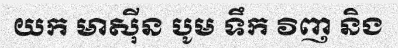
យក មាស៊ីន បូម ទឹក វិញ និង